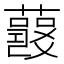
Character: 𧂘